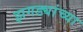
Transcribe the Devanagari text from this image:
झगड्यांच्या